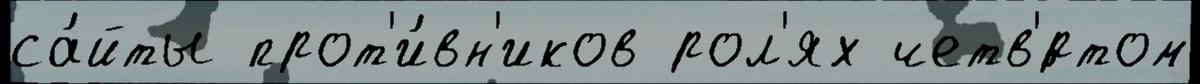
са́йты прот'и́вн'иков рол'ях четв'́ртом